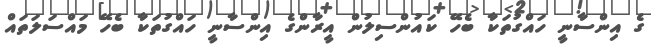
ގެ އިންސާނީ ހައްގުތަކާ ބެހޭ ކައުންސިލުން އީރާންގެ އިންސާނީ ހައްގުތަކާ ބެހޭ މައްސަލަތައް